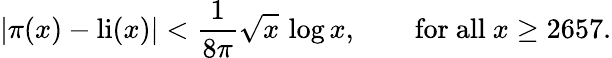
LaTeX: |\pi(x)-\operatorname{li}(x)|<{\frac{1}{8\pi}}{\sqrt{x}}\, \log{x},\qquad{\mathrm{for~all~}}x\geq 2657.